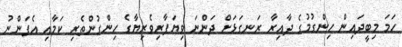
ހަމަ މިބީދައިން ހިންގުމުގެ ދާއިރާ ރަނގަޅަށް ދަންނަ ވިޔަފާރިވެރިޔާގެ ހިންގުންތެރި ކަމާއި އެފަންނު